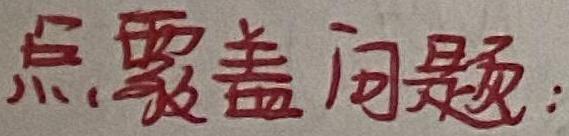
点覆盖问题：